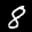
Label: 8